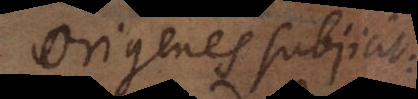
Origenes subjicit: